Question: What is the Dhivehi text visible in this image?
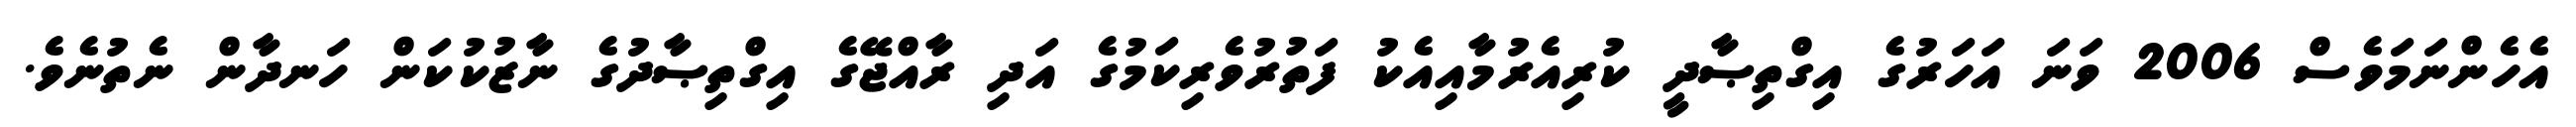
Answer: އެހެންނަމަވެސް 2006 ވަނަ އަހަރުގެ އިގްތިޞާދީ ކުރިއެރުމާއިއެކު ފަތުރުވެރިކަމުގެ އަދި ރާއްޖޭގެ އިގްތިޞާދުގެ ނާޒުކުކަން ހަނދާން ނެތުނެވެ.